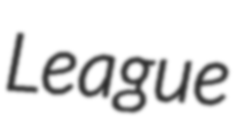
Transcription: League